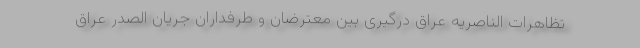
تظاهرات الناصریه عراق درگیری بین معترضان و طرفداران جریان الصدر عراق